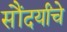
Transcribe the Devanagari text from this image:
सौंदर्यांचे